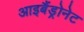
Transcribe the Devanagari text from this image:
आइबैंड्रोनेट